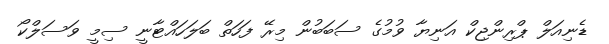
ޑެނިއަލް ޕްރިންޖިކް އަނިޔާ ވުމުގެ ސަބަބުން މިރޭ ފަހަތް ބަަލަހައްޓާނީ ސިމީ ވަސަލްކޯ